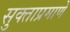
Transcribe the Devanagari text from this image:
सुक्ताप्रमाणे